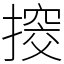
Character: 𢲷